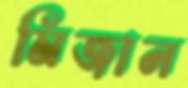
মিজান